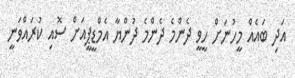
އަދި ބައެއް މީހުނަށް ހީވީ ދެންމެ ދެންމެ ދުންޔާ އެމްޑީޕީއަށް ސޮއި ކުރައްވަނީ